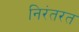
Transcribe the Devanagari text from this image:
निरंतरत